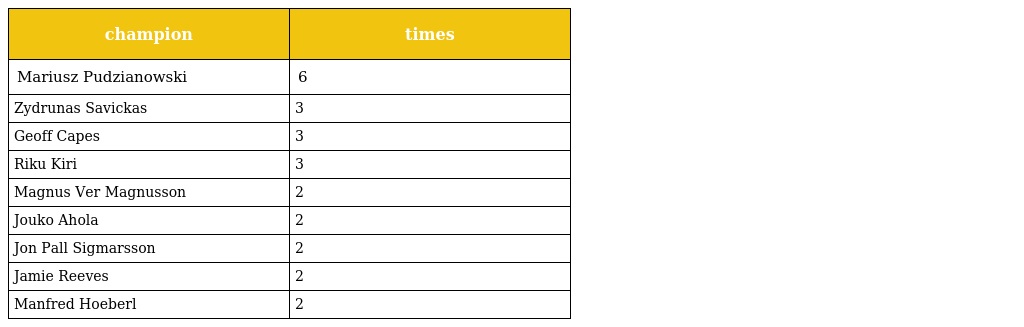
| champion | times |
 | --- | --- |
 | Mariusz Pudzianowski | 6 |
 | Zydrunas Savickas | 3 |
 | Geoff Capes | 3 |
 | Riku Kiri | 3 |
 | Magnus Ver Magnusson | 2 |
 | Jouko Ahola | 2 |
 | Jon Pall Sigmarsson | 2 |
 | Jamie Reeves | 2 |
 | Manfred Hoeberl | 2 |